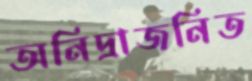
অনিদ্রাজনিত